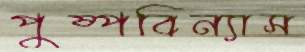
পুষ্পবিন্যাস